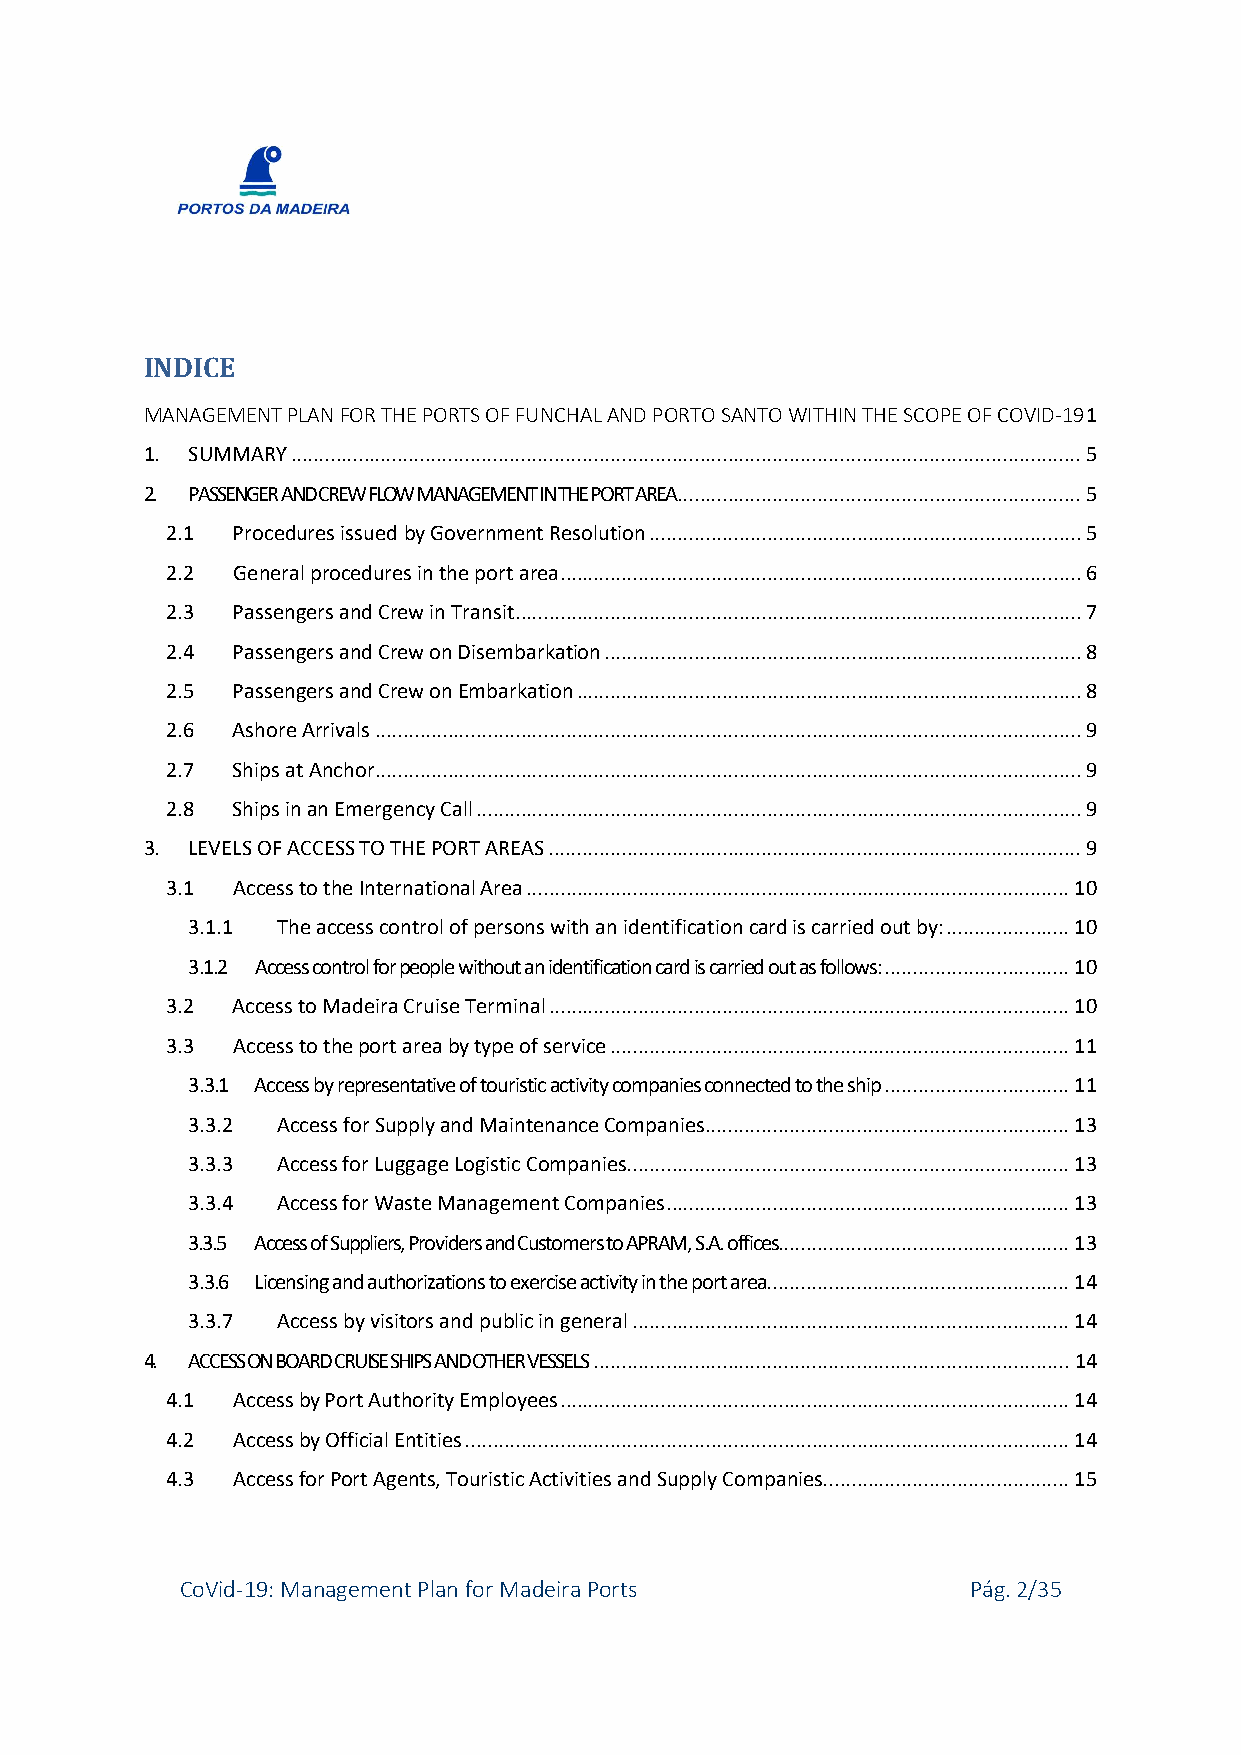
INDICE
 MANAGEMENT PLAN FOR THE PORTS OF FUNCHAL AND PORTO SANTO WITHIN THE SCOPE OF COVID-19 1
 1. SUMMARY ............................................................................................................................................. 5
 2. PASSENGER AND CREW FLOW MANAGEMENT IN THE PORT AREA ........................................................................ 5
 2.1 Procedures issued by Government Resolution ............................................................................. 5
 2.2 General procedures in the port area ............................................................................................. 6
 2.3 Passengers and Crew in Transit ..................................................................................................... 7
 2.4 Passengers and Crew on Disembarkation ..................................................................................... 8
 2.5 Passengers and Crew on Embarkation .......................................................................................... 8
 2.6 Ashore Arrivals .............................................................................................................................. 9
 2.7 Ships at Anchor .............................................................................................................................. 9
 2.8 Ships in an Emergency Call ............................................................................................................ 9
 3. LEVELS OF ACCESS TO THE PORT AREAS ............................................................................................... 9
 3.1 Access to the International Area ................................................................................................. 10
 3.1.1 The access control of persons with an identification card is carried out by: ...................... 10
 3.1.2 Access control for people without an identification card is carried out as follows: ................................. 10
 3.2 Access to Madeira Cruise Terminal ............................................................................................. 10
 3.3 Access to the port area by type of service .................................................................................. 11
 3.3.1 Access by representative of touristic activity companies connected to the ship ................................. 11
 3.3.2 Access for Supply and Maintenance Companies ................................................................. 13
 3.3.3 Access for Luggage Logistic Companies ............................................................................... 13
 3.3.4 Access for Waste Management Companies ........................................................................ 13
 3.3.5 Access of Suppliers, Providers and Customers to APRAM, S.A. offices .................................................... 13
 3.3.6 Licensing and authorizations to exercise activity in the port area ...................................................... 14
 3.3.7 Access by visitors and public in general .............................................................................. 14
 4. ACCESS ON BOARD CRUISE SHIPS AND OTHER VESSELS ..................................................................................... 14
 4.1 Access by Port Authority Employees ........................................................................................... 14
 4.2 Access by Official Entities ............................................................................................................ 14
 4.3 Access for Port Agents, Touristic Activities and Supply Companies ............................................ 15
 CoVid-19: Management Plan for Madeira Ports         Pág. 2/35